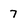
Character: 7